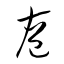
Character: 庖